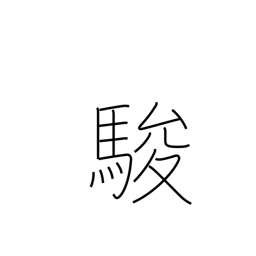
Meaning: speed